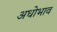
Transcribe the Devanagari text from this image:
अधोभाव